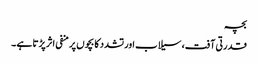
بچہ
قدرتی آفت، سیلاب اور تشدد کا بچوں پر منفی اثر پڑتا ہے ۔